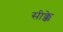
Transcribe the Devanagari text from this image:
सीक्के